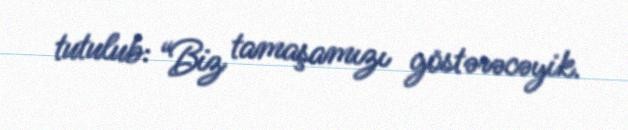
tutulub: “Biz tamaşamızı göstərəcəyik.